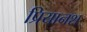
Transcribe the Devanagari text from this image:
प्रियानश